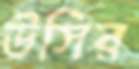
উসির